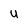
Character: U